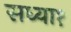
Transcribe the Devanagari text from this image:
सध्या१